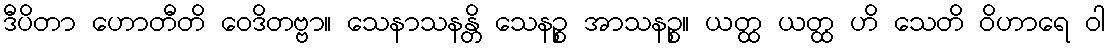
ဒီပိတာ ဟောတီတိ ဝေဒိတဗ္ဗာ။ သေနာသနန္တိ သေနဉ္စ အာသနဉ္စ။ ယတ္ထ ယတ္ထ ဟိ သေတိ ဝိဟာရေ ဝါ